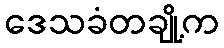
ဒေသခံတချို့က